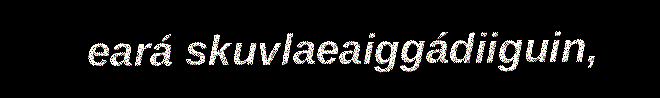
eará skuvlaeaiggádiiguin,